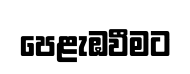
පෙළැඹවීමට